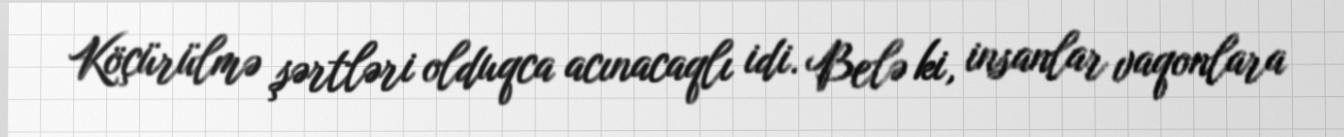
Köçürülmə şərtləri olduqca acınacaqlı idi. Belə ki, insanlar vaqonlara